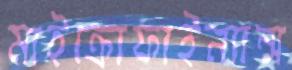
মাইক্রোফাইন্যান্স